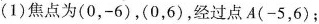
(1)焦点为(0，-6)，(0，6)，经过点A(-5，6)；